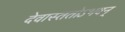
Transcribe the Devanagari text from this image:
देवास्ततोऽभवन्